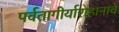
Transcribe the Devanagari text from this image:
पर्वतागीर्यारोहानाचे